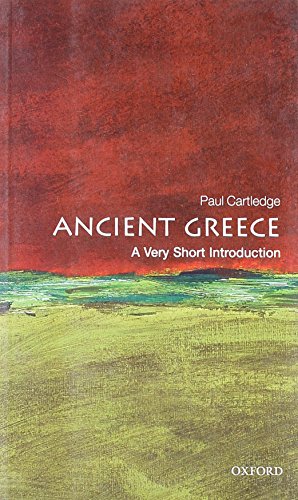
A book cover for Ancient Greece: A Very Short Introduction; Paul Cartledge; History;